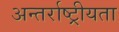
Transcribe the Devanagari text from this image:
अन्तर्राष्ट्रीयता